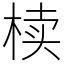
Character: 椟